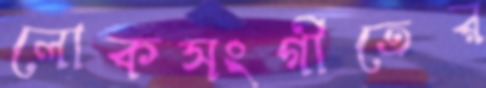
লোকসংগীতের